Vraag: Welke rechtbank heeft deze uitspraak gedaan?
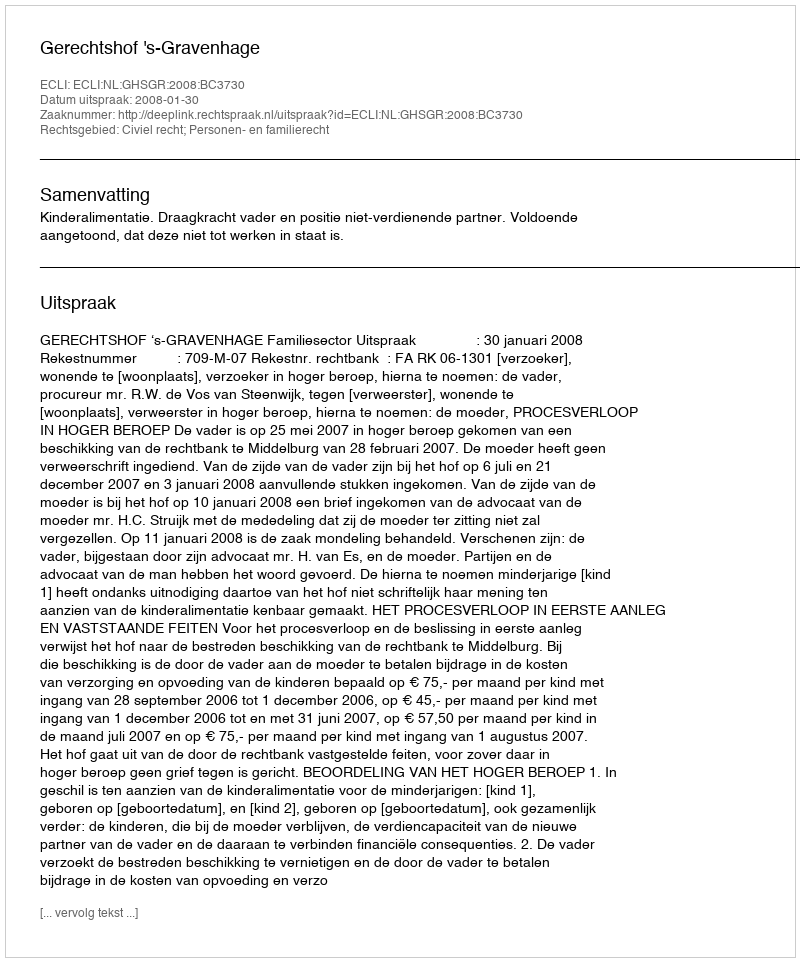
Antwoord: Gerechtshof 's-Gravenhage